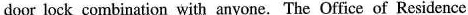
door lock combination with anyone. The Office of Residence